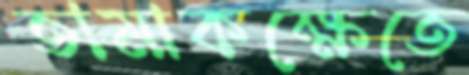
তামাকক্ষেতে